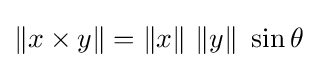
\|x\times y\|=\|x\|\ \|y\|\ \sin \theta ~